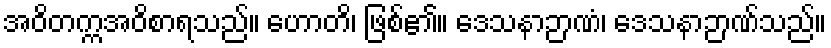
အဝိတက္ကအဝိစာရသည်။ ဟောတိ၊ ဖြစ်၏။ ဒေသနာဉာဏံ၊ ဒေသနာဉာဏ်သည်။